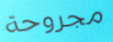
مجروحة